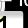
Digit: 1